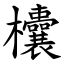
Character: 欜